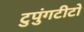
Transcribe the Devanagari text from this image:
टुपुंगटीटो